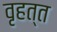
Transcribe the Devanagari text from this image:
वृहत्त